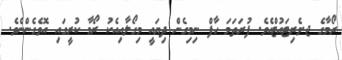
ރޯމާގެ ޖ.ވެރިޓައުޓްއެވެ. ފުރަތަމަ ހާފް ނިމިގެން ދިޔައީ މިގޯލާއިއެކު ރޯމާ ކުރީގައި އޮވެގެންނެވެ.